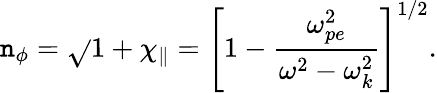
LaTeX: \mathtt{n}_{\phi}=\sqrt{}{{1+\chi_{\parallel}}}=\left[1-\frac{{\omega_{pe}^{2}}}{{\omega^{2}-\omega_{k}^{2}}}\right]^{1/2}.